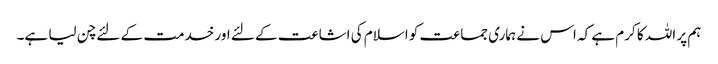
ہم پر اللہ کا کرم ہے کہ اس نے ہماری جماعت کو اسلام کی اشاعت کے لئے اور خدمت کے لئے چن لیا ہے۔